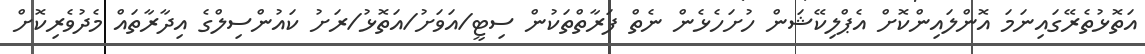
އަތޮޅުތެރޭގައިނަމަ އޮންލައިންކޮށް އެޕްލިކޭޝަން ހުށަހެޅެން ނެތް ފަރާތްތަކުން ސިޓީ/އަވަށު/އަތޮޅު/ރަށު ކައުންސިލްގެ އިދާރާތައް މެދުވެރިކޮށް